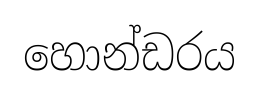
හොන්ඩරය